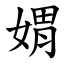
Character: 媦